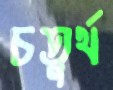
চতুর্থ